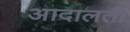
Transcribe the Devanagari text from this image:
आदालती